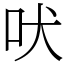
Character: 吠